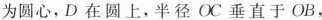
为圆心，D在圆上，半径OC垂直于OB，